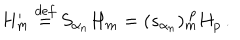
LaTeX: H _ { m } ^ { \prime } \stackrel { d e f } { = } S _ { \alpha _ { n } } H _ { m } = ( s _ { \alpha _ { n } } ) _ { m } ^ { ~ p } H _ { p } \, .